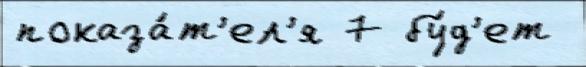
показа́т'ел'я 7 бу́д'ет